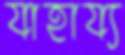
যাহায্য